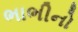
ભાભીનો